Calcutta medical institutions reports 1871-78
Year: 1871
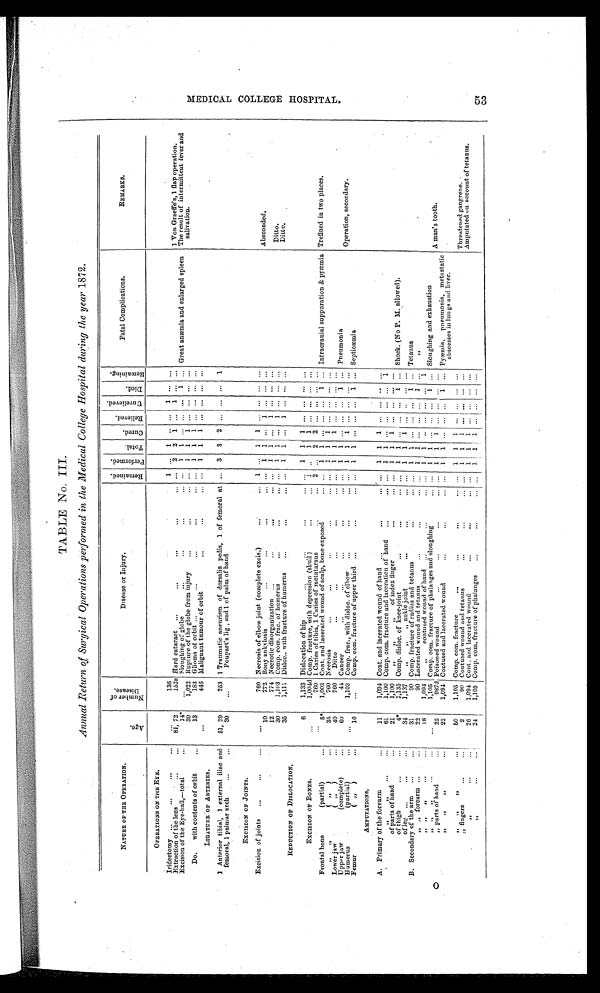
TABLE No. III.
Annual Return of Surgical Operations performed in the Medical College Hospital during the year 1872.
NATURE OF THE OPERATION.
A g e .
N u m b e r o f D i s e a s e .
Disease or Injury.
R e m a i n e d .
P e r f o r m e d .
T o t a l .
C u r e d .
R E l i e v e d .
U n r e l i e v e d .
D i e d .
R e m a i n i n g .
Fatal Complications.
REMARKS.
OPERATIONS ON THE EYE.
Iridectomy
...
136
1
. . .
1
. .
. . .
1 . . .
. . .
Extraction of the lens
81, 72
152a Hard cataract
. . . 2 2 1 ... 1 ... ...
1 Von Graeffe's, 1 flap operation.
Excision of the Eye-ball,—total
1 4 *
...
Sloughing of globe
. . . 1
1 ... ... ... 1 ... Great anæmia and enlarged spleen The result of intermittent fever and
salivation.
30
1,022
R u p t u r e o f t h e g l o b e f r o m i n j u r y
...
1
1
1
. . .
. . .
. . .
. . .
Do.
with contents of o r b i t
1 3
183 Glioma of orbit
. . .
1
1
1
. . .
. . .
. . .
. . .
. . .
446 Malignant tumour of orbit
. . .
1
1
1
. . .
. . .
. . .
. . .
LIGATURE OF ARTERIES.
1 Anterior tibial, 1 external iliac and
femoral, 1 palmar arch
51, 29
253 1 Traumatic aneurism of dorsalis pedis, 1 of femoral at
Poupart's lig., and 1 of palm of hand
...
3 3 2 ... ... ... 1
30
...
EXCISION OF BOINTS.
Excision of joints
. . .
760 Necrosis of elbow joint (complete excis.)
1 ...
1
1
. . .
. . .
. . .
. . .
10
772 Bony ankyl o s i s
. . .
1
1
. . .
1
. . .
. . .
. . .
Absconded.
12
774 Necrotic disorganization
...
1
1
. . .
1
. . .
. . .
. . .
30
1,103 Comp. com. frac. of humerus
...
1
1
. . .
1
. . .
. . .
. . .
Ditto.
35
1,111 Disloc.. with fracture of humerus
. . .
1
1
. . .
1
. . .
. . .
. . .
Ditto.
REDUCTION OF DISLOCATION.
6
1,133 Dislocation of hip
...
1
1
1
. . .
. . .
. . .
. . .
EXCISION OF B O N E S .
. . .
1 , 0 0 4 d Comp. fracture, with depression (skull)
1
. .
1
1
. . .
. . .
. . .
. . .
760 1 Caries of tibia, 1 Caries of metatarsus
2
. . .
2
2
. . .
. . .
. . .
. . .
Frontal bone (partial)
5*
1,002 Cont. and lacerated wound of scalp, bone exposed
. . . 1 1 ...
. . . ... 1
. . . Intracranial suppuration & pyæmia Trefined in two places.
, , , , ( , , )
35
760 Necrosis
...
1
1
1
. . .
. . .
. . .
. . .
Lower jaw (,,)
40
760
Ditto
...
1
1
1
. . .
. . .
. . .
. . .
Upper jaw
(complete)
60
44 Cancer
... 1 1
. . .
. . .
. . . 1
. . . Pneumonia
H umerus (partial)
. . .
1,103 Comp. frac., with disloc. of elbow
. . .
1
1
1
. . .
. . .
. . .
. . .
Operation, secondary.
Femur
(,,)
16
...
Comp. com. fracture of upper third
1 1 ... ... ... 1
. . . Septicæmi a
AMPUTATIONS.
A. Primary of the forearm
11
1,094 Cont. and lacerated wound of hand
. . .
1
1
1
. . .
. . .
. .
. . .
, , , ,
61
1,100 Comp. com. fracture and laceration of hand
. . .
1
1
. . .
. . .
. . .
. . .
1
of parts of hand
21
1,100
, , , , , , o f i n d e x f i n g e r ...
1
1
1
. . .
. . .
. . .
. . .
of thigh
4*
1,135 Comp. disloc. of knee-joint
. . . 1 1 ... ... ... 1 ... Shock. (No P. M. allowed).
of leg
34
1,137
„ „ „ ankle joint
. . .
1
1
1
. . .
. .
. . .
. . .
B. S econdary of the arm
31
90 Comp. fracture of radius and tetanus
. . . 1 1 ... ...
. . . 1 ... Tetanus
„ „ forearm
22
90 Lacerated wound and tetanus
. . .
1
1
. . .
. . .
. . .
1
. . . , ,
, , , , , ,
18
1,094
, ,
c o n t u s e d w o u n d
o f
h a n d
. . .
1
1
. . .
. . .
. . .
. . .
1
, , , , , ,
. . .
1,105 Comp. com. fracture of phalanges and sloughing
. . . 1 1
. . . ... . . . 1
. . . Sloughing and exhaustion
, , p a r t s
o f
hand
25
987d Poisoned wound
...
1
1
1
. . .
. . .
. . .
. . .
A man's tooth.
, , , , , ,
22
1,094 Contused and lacerated wound
...
1
1 ... ...
. . . 1
. . . Pyæmia, pneumonia, metastatic
abscesses in lungsa n d l i v e r .
, , , , , ,
5 0
1,105 Comp. com. fracture
. . .
1
1
1
. . .
. . .
. . .
. . .
, ,
f i n g e r s
2
90
l A C E R A T E D W O U N D A N D T E T A N U S
...
1
1
1
. . .
. . .
. . .
. . .
Threatened gangrene.
, , , ,
26
1,094 Cont. and lacerated wound
. . .
1
1
1
. . .
. . .
. . .
. . .
Amputated on account of tetanus.
, ,
24
1,105 Comp. com.. fracture of phalanges
. . . 1 1 1 ... ... ... ...
M E D I C A L C O L L E G E H O S P I T A L 5 3